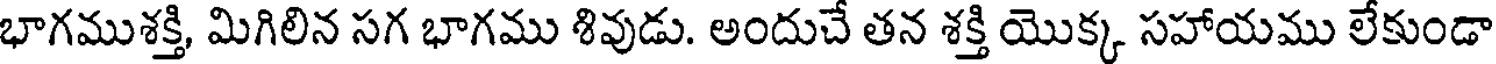
భాగముశక్తి, మిగిలిన సగ భాగము శివుడు. అందుచే తన శక్తి యొక్క సహాయము లేకుండా